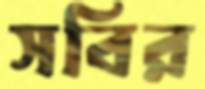
সবির